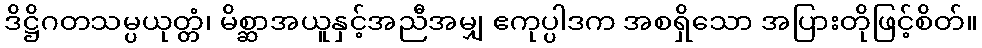
ဒိဋ္ဌိဂတသမ္ပယုတ္တံ၊ မိစ္ဆာအယူနှင့်အညီအမျှ ဧကုပ္ပါဒက အစရှိသော အပြားတိုဖြင့်စိတ်။